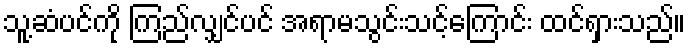
သူ့ဆံပင်ကို ကြည်လျှင်ပင် အရာမသွင်းသင့်ကြောင်း ထင်ရှားသည်။